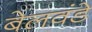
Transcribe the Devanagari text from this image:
बेलवंडे